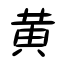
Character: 黄